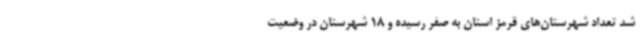
شد تعداد شهرستان‌های قرمز استان به صفر رسیده و 18 شهرستان در وضعیت